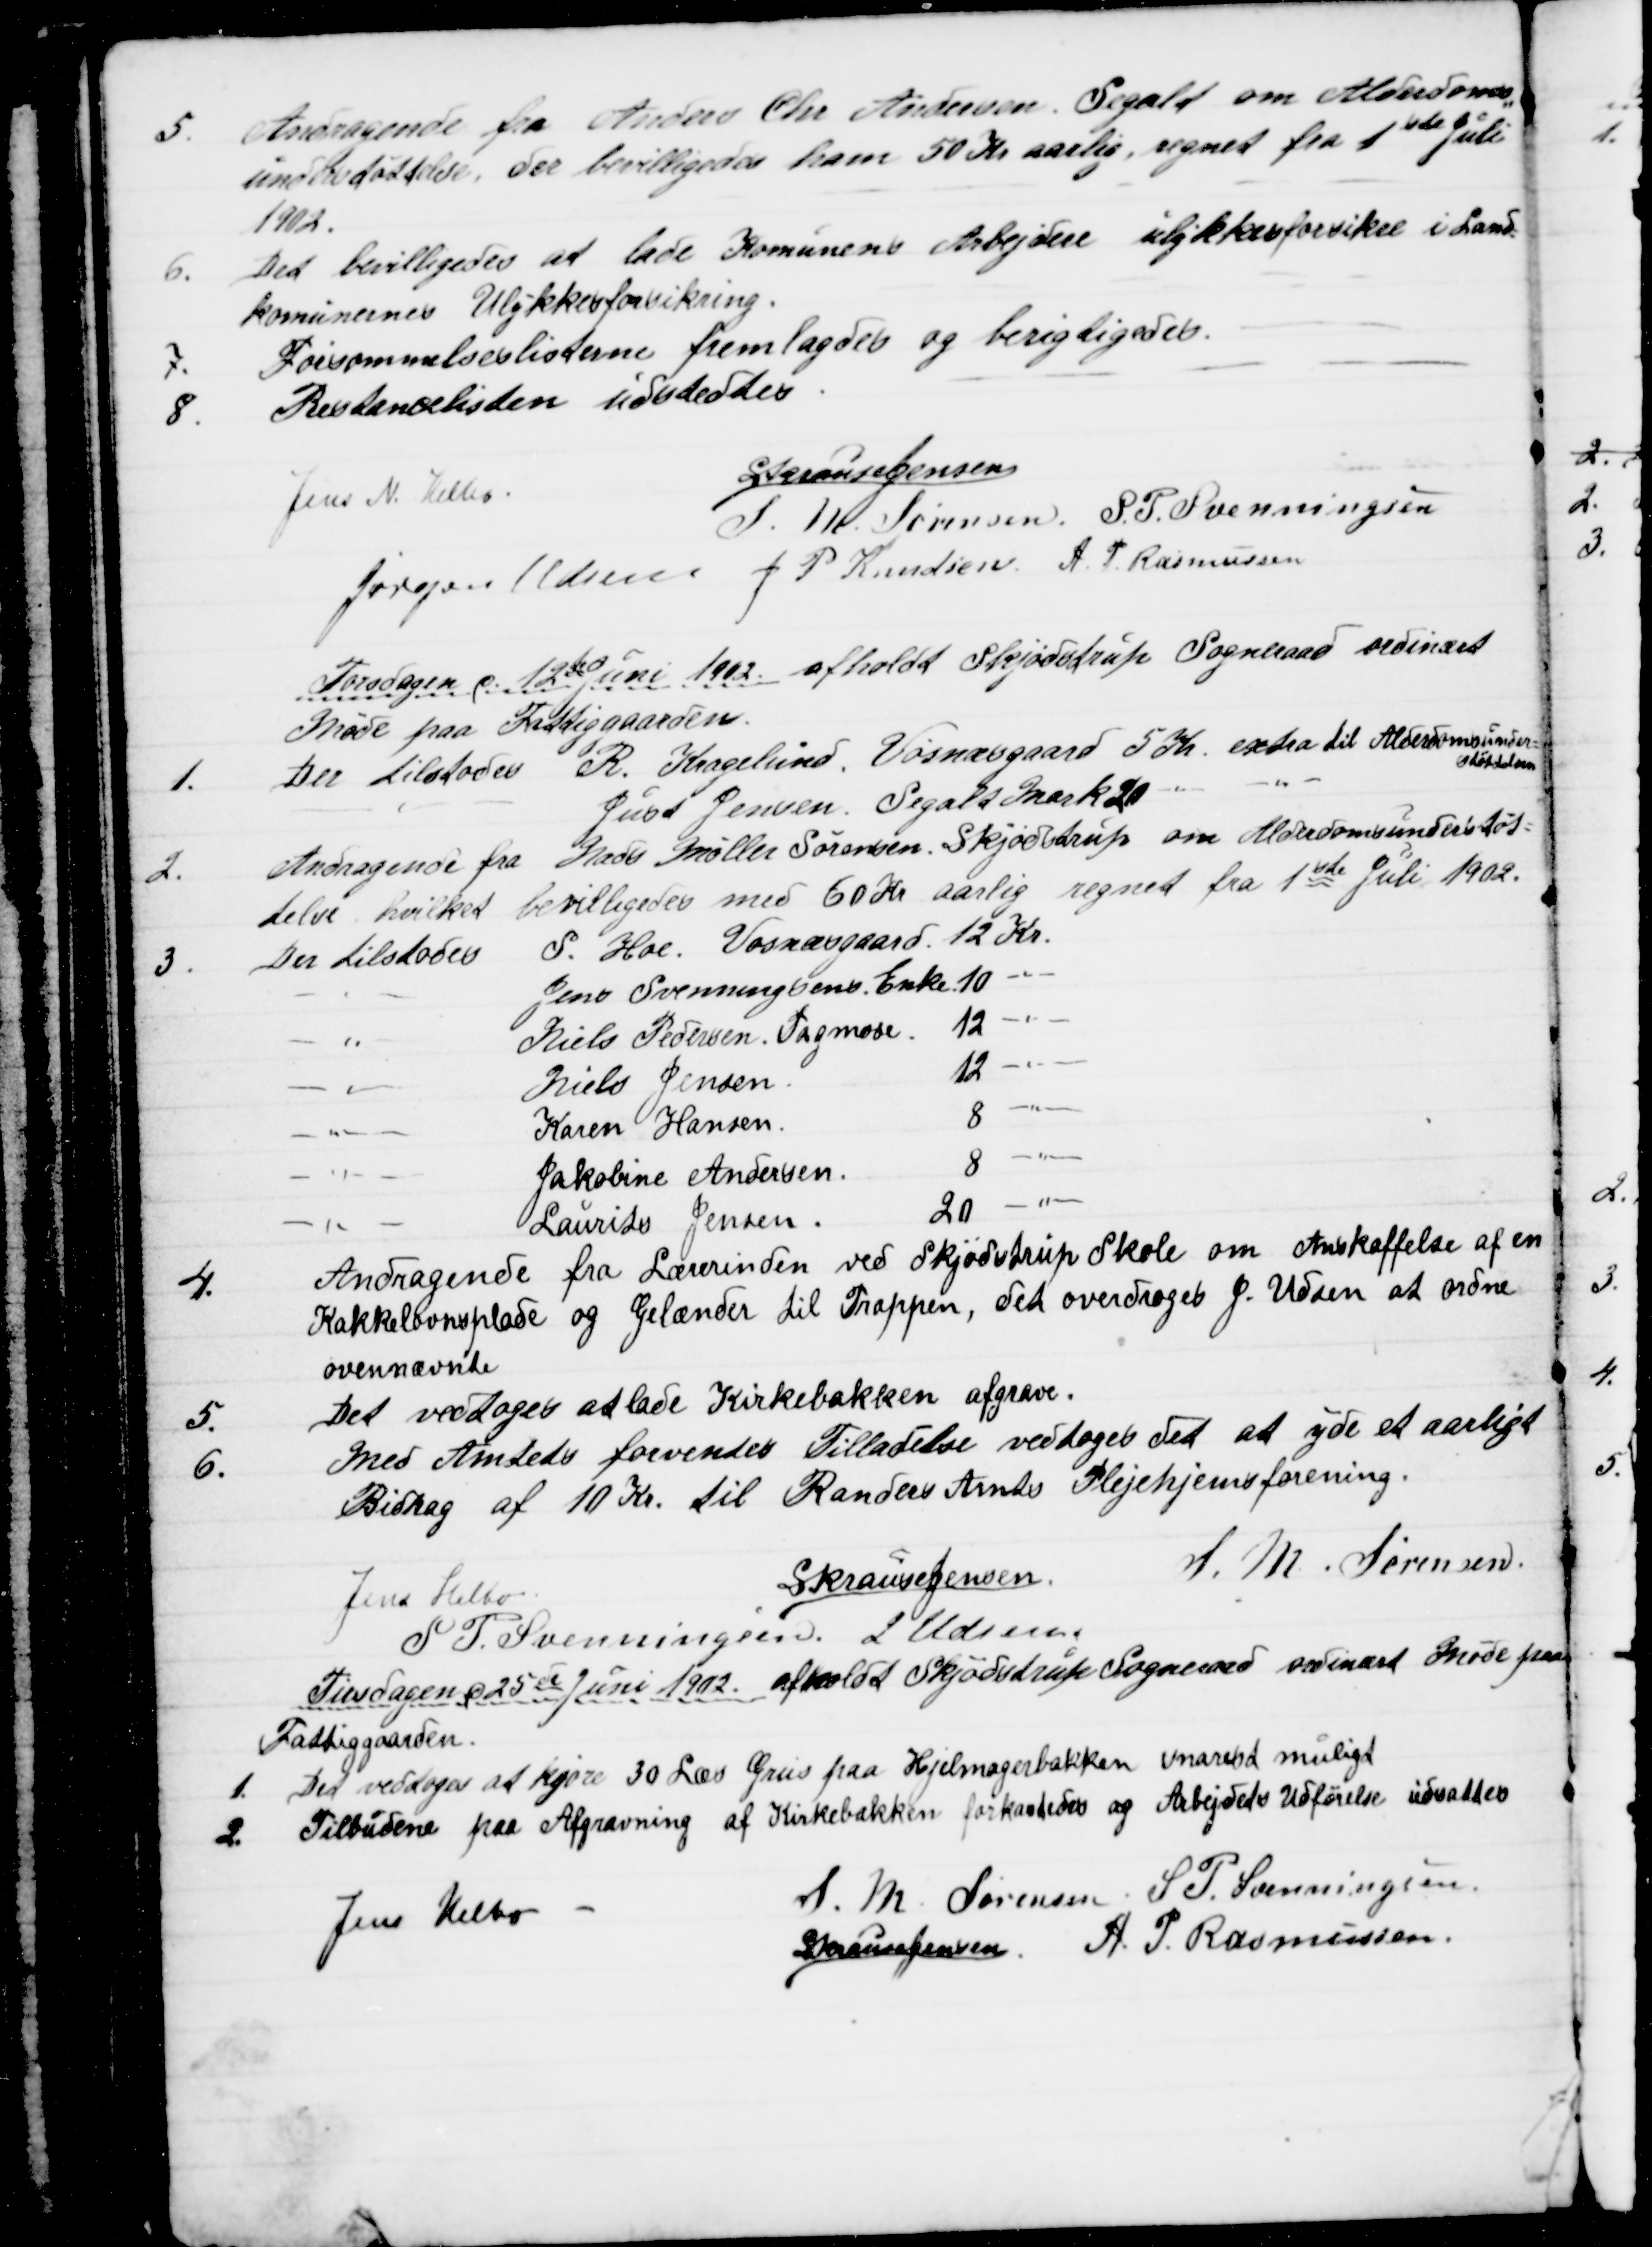
Transskription:
5.
Andragende fra Anders Chr Andersen, Segalt om Alderdoms
=
understøttelse, der bevilligedes ham 50 Kr aarlig, regnet fra 1ste Juli
1902.
6.
Det bevilligedes at lade Komunens Arbejdere ulykkesforsikre i Land=
komunernes Ulykkesforsikring.
7.
Forsømmelseslisterne fremlagdes og berigtigedes.
8.
Restancelisten udstedtes.
Jens N. Helbo.
S Krause Jensen
S.M. Sørensen, S. P. Svenningsen
Jørgen Udsen J P Knudsen A. P. Rasmussen
Torsdagen d. 12te Juni 1902 afholdt Skjødstrup Sogneraad ordinært
Møde paa Fattiggaarden.
1.
Der tilstodes R. Kragelund, Vosnæsgaard 5 Kr. extra til Alderdomsunder=
støttelsen
Just Jensen, Segalt Mark 20 
2.
Andragende fra Mads Møller Sørensen, Skjødstrup om Alderdomsunderstøt=
telse, hvilket bevilligedes med 60 Kr aarlig regnet fra 1ste Juli 1902.
3.
Der tilstodes
S. Hoe. Vosnæsgaard 12 Kr.
" Jens Svenningsens Enke 10 "
" Niels Pedersen. Tagmose. 12 "
" Niels Jensen.
12 "
" Karen Hansen.
8 "
" Jakobine Andersen.
8 "
" Laurits Jensen
20 "
4.
Andragende fra Lærerinden ved Skjødstrup Skole om Anskaffelse af en
Kakkelovnsplade og Gelænder til Trappen, det overdroges J. Udsen at ordne
ovennævnte
5.
Det vedtoges at lade Kirkebakken afgrave.
6.
Med Amtets forventes Tilladelse vedtoges det at yde et aarligt
Bidrag af 10 Kr. til Randers Amts Plejehjemsforening.
Jens Helbo
S Krause Jensen.
S. M. Sørensen
S. P. Svenningsen. J Udsen
Tirsdagen d 25de Juni 1902. afholdt Skjødstrup Sogneraad ordinært Møde paa
Fattiggaarden.
1. Det vedtoges at kjøre 30 Læs Grus paa Hjelmagerbakken snarest muligt
2. Tilbudene paa Afgravning af Kirkebakken forkastedes og Arbejdets Udførelse udsattes
Jens Helbo
S. M. Sørensen S. P. Svenningsen
S Krause Jensen A. P. Rasmussen